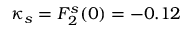
\kappa _ { s } = F _ { 2 } ^ { s } ( 0 ) = - 0 . 1 2